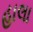
હાલા